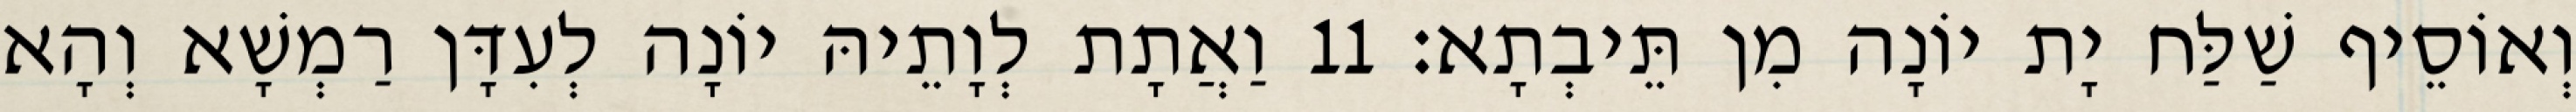
וְאוֹסֵיף שַׁלַּח יָת יוֹנָה מִן תֵּיבְתָא׃ 11 וַאֲתָת לְוָתֵיהּ יוֹנָה לְעִדָּן רַמְשָׁא וְהָא